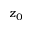
z _ { 0 }